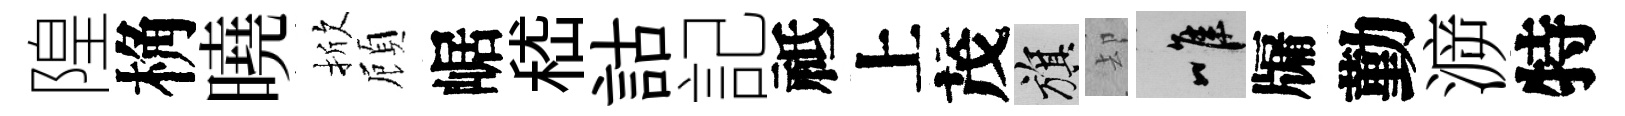
隍桷曉掀頋崌嵇詁記祗上茂旗却唯牖勤㴑特